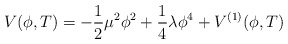
\begin{align*}V(\phi ,T)=-{\frac{1}{2}}\mu ^{2}\phi ^{2}+\frac{1}{4}\lambda \phi^{4}+V^{(1)}(\phi ,T) \end{align*}